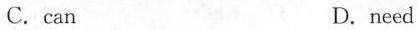
C.can D.need